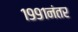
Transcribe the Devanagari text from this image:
१९९१नंतर